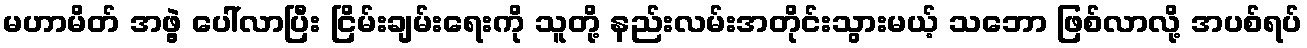
မဟာမိတ် အဖွဲ့ ပေါ်လာပြီး ငြိမ်းချမ်းရေးကို သူတို့ နည်းလမ်းအတိုင်းသွားမယ့် သဘော ဖြစ်လာလို့ အပစ်ရပ်